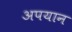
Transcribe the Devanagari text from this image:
अपयान